Indian journal of veterinary science and animal husbandry - Volume 1,
Year: 1931
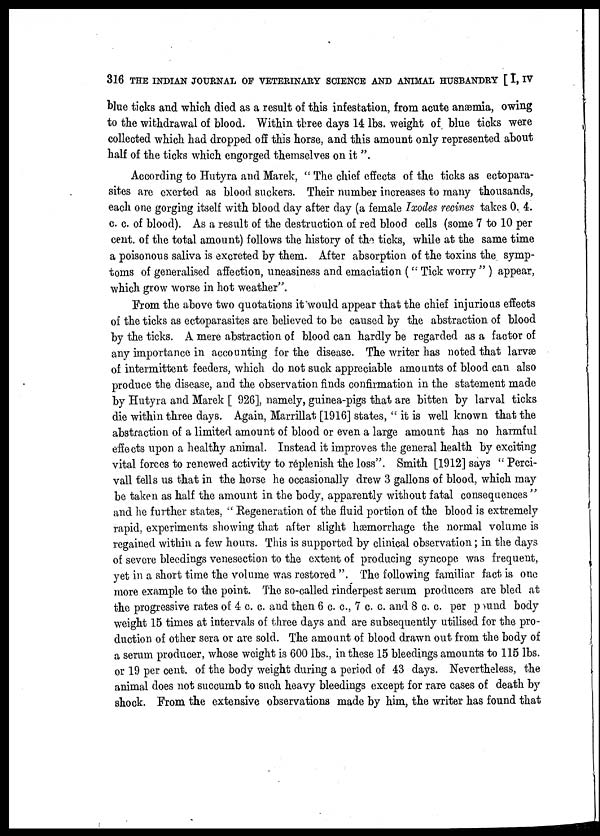
316 THE INDIAN JOURNAL OF VETERINARY SCIENCE AND ANIMAL HUSBANDRY [ I, IV
blue ticks and which died as a result of this infestation, from acute anæmia, owing
to the withdrawal of blood. Within three days 14 lbs. weight of blue ticks were
collected which had dropped off this horse, and this amount only represented about
half of the ticks which engorged themselves on it ".
According to Hutyra and Marek, " The chief effects of the ticks as ectopara-
sites are exerted as blood suckers. Their number increases to many thousands,
each one gorging itself with blood day after day (a female Ixodes recines takes 0. 4.
c. c. of blood). As a result of the destruction of red blood cells (some 7 to 10 per
cent. of the total amount) follows the history of the ticks, while at the same time
a poisonous saliva is excreted by them. After absorption of the toxins the symp-
toms of generalised affection, uneasiness and emaciation ( " Tick worry " ) appear,
which grow worse in hot weather".
From the above two quotations it would appear that the chief injurious effects
of the ticks as ectoparasites are believed to be caused by the abstraction of blood
by the ticks. A mere abstraction of blood can hardly be regarded as a factor of
any importance in accounting for the disease. The writer has noted that larvæ
of intermittent feeders, which do not suck appreciable amounts of blood can also
produce the disease, and the observation finds confirmation in the statement made
by Hutyra and Marek [ 926], namely, guinea-pigs that are bitten by larval ticks
die within three days. Again, Marrillat [1916] states, " it is well known that the
abstraction of a limited amount of blood or even a large amount has no harmful
effects upon a healthy animal. Instead it improves the general health by exciting
vital forces to renewed activity to réplenish the loss". Smith [1912] says " Perci¬
vall tells us that in the horse he occasionally drew 3 gallons of blood, which may
be taken as half the amount in the body, apparently without fatal consequences "
and he further states, " Regeneration of the fluid portion of the blood is extremely
rapid, experiments showing that after slight hæmorrhage the normal volume is
regained within a few hours. This is supported by clinical observation; in the days
of severe bleedings venesection to the extent of producing syncope was frequent,
yet in a short time the volume was restored ". The following familiar fact is one
more example to the point. The so-called rinderpest serum producers are bled at
the progressive rates of 4 c. c. and then 6 c. c, 7 c. c. and 8 c. c. per pound body
weight 15 times at intervals of three days and are subsequently utilised for the pro-
duction of other sera or are sold. The amount of blood drawn out from the body of
a serum producer, whose weight is 600 lbs., in these 15 bleedings amounts to 115 lbs.
or 19 per cent. of the body weight during a period of 43 days. Nevertheless, the
animal does not succumb to such heavy bleedings except for rare cases of death by
shock. From the extensive observations made by him, the writer has found that